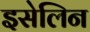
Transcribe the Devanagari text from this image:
इसेलिन